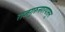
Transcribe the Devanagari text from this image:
राजगुरुनगरपासून